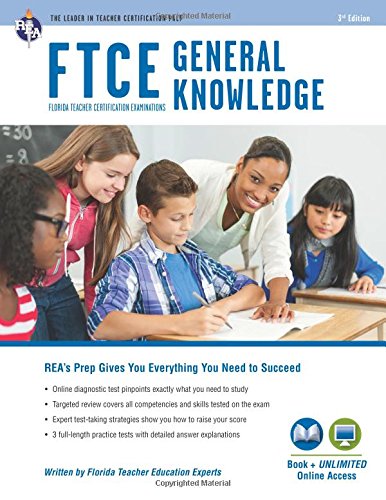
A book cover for FTCE General Knowledge Book + Online (FTCE Teacher Certification Test Prep); Dr. Erin Mander PhD; Test Preparation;